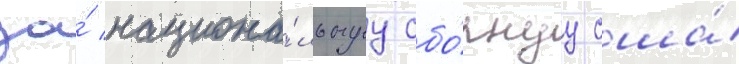
за́ национа́льнуу сбо́рнуу сша́